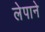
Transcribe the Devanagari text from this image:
लेपाने